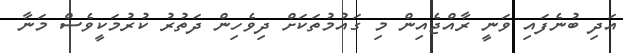
އަދި ބުނެފައި ވަނީ ރާއްޖެއިން މި ގައުމުތަކަށް ދިވެހިން ދަތުރު ކުރުމަކީވެސް މަނާ